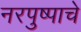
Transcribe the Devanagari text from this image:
नरपुष्पाचे